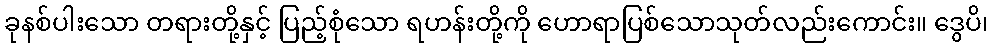
ခုနစ်ပါးသော တရားတို့နှင့် ပြည့်စုံသော ရဟန်းတို့ကို ဟောရာပြစ်သောသုတ်လည်းကောင်း။ ဒွေပိ၊